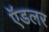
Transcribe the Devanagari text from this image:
ऍडलर